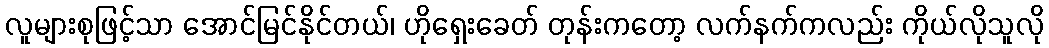
လူများစုဖြင့်သာ အောင်မြင်နိုင်တယ်၊ ဟိုရှေးခေတ် တုန်းကတော့ လက်နက်ကလည်း ကိုယ်လိုသူလို